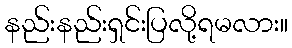
နည်းနည်းရှင်းပြလို့ရမလား။